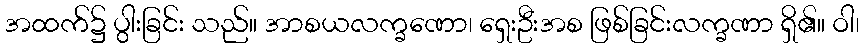
အထက်၌ ပွါးခြင်း သည်။ အာစယလက္ခဏော၊ ရှေးဦးအစ ဖြစ်ခြင်းလက္ခဏာ ရှိ၏။ ဝါ၊